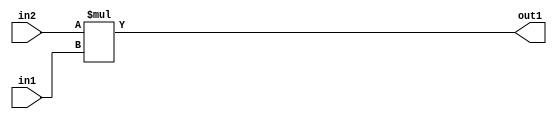
`timescale 1ps / 1ps
/*****************************************************************************
    Verilog RTL Description
    
    
    Created by: Stratus DpOpt 21.05.01 
*******************************************************************************/

module SobelFilter_Mul_32Ux24U_34U_1 (
	in2,
	in1,
	out1
	); /* architecture "behavioural" */ 
input [31:0] in2;
input [23:0] in1;
output [33:0] out1;
wire [33:0] asc001;

assign asc001 = 
	+(in2 * in1);

assign out1 = asc001;
endmodule

/* CADENCE  ubLwTg4= : u9/ySxbfrwZIxEzHVQQV8Q== ** DO NOT EDIT THIS LINE ******/